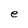
Character: e